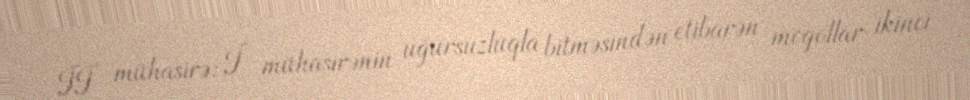
II mühasirə: I mühasirənin uğursuzluqla bitməsindən etibarən moğollar ikinci